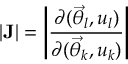
| { \bf J } | = \left| \frac { \partial ( \ensuremath { \vec { \theta } } _ { l } , u _ { l } ) } { \partial ( \ensuremath { \vec { \theta } } _ { k } , u _ { k } ) } \right|